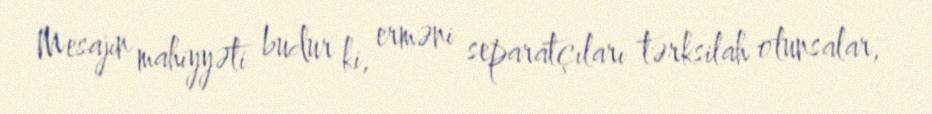
Mesajın mahiyyəti budur ki, erməni separatçıları tərksilah olunsalar,